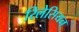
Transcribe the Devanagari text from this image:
रिलेसियन